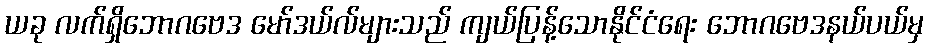
ယခု လက်ရှိဘောဂဗေဒ မော်ဒယ်လ်များသည် ကျယ်ပြန့်သောနိုင်ငံရေး ဘောဂဗေဒနယ်ပယ်မှ